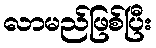
လာမည်ဖြစ်ပြီး